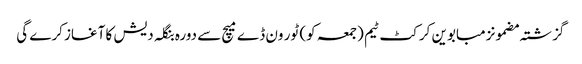
گزشتہ مضمونزمبابوین کرکٹ ٹیم (جمعہ کو) ٹور ون ڈے میچ سے دورہ بنگلہ دیش کا آغاز کرے گی